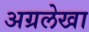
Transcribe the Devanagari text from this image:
अग्रलेखा